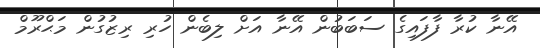
އޭނާ ކުރާ ފާފައިގެ ސަބަބުން އޭނާ އަށް ލިބެން ހުރި ރިޒުގުން މަޙްރޫމް